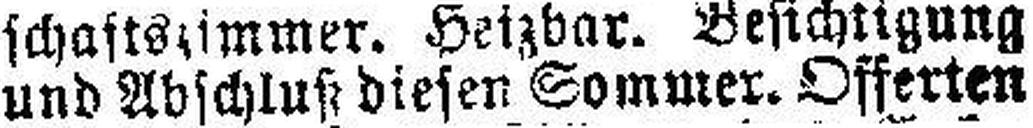
und Abschluß diesen Sommer. Offerten